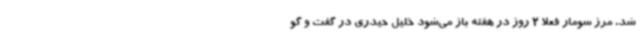
شد. مرز سومار فعلا 2 روز در هفته باز می‌شود خلیل حیدری در گفت و گو